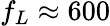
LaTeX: f_{L}\approx 600